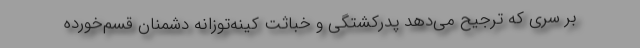
بر سری که ترجیح می‌دهد پدرکشتگی و خباثت کینه‌توزانه دشمنان قسم‌خورده